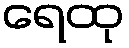
ရေထု